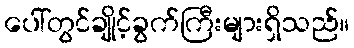
ပေါ်တွင်ချိုင့်ခွက်ကြီးများရှိသည်။